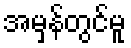
အမှန်တွင်မူ